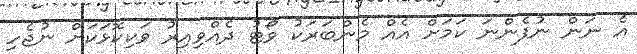
އެ ނަން ނުފެންނަ ކަމަށް އެއް މެންބަރަކު ވޯޓު ދެއްވިއިރު ވަކިކޮޅަކަށް ނުޖެހި